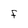
Character: f